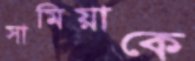
সামিয়াকে